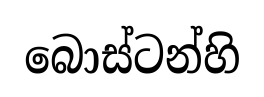
බොස්ටන්හි